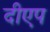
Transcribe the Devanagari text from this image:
दीएप